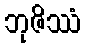
ဘုဇိဿံ